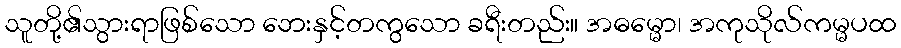
သူတို့၏သွားရာဖြစ်သော ဘေးနှင့်တကွသော ခရီးတည်း။ အဓမ္မော၊ အကုသိုလ်ကမ္မပထ